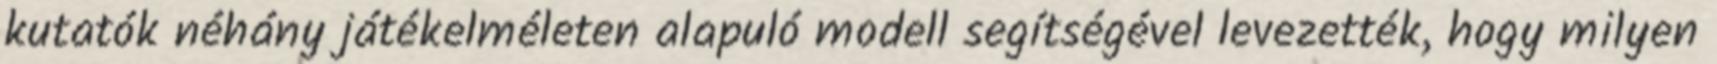
kutatók néhány játékelméleten alapuló modell segítségével levezették, hogy milyen